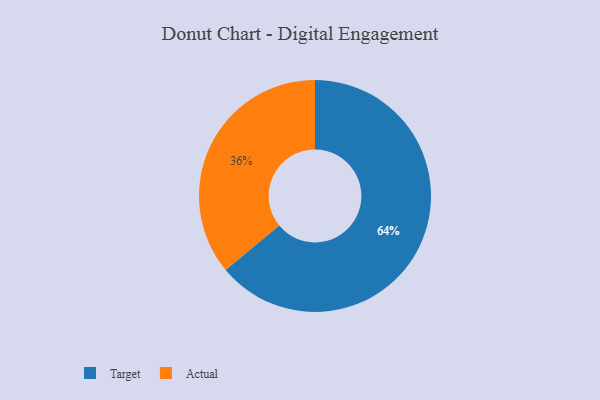
{"axis": {"x": "Category", "y": "Percentage"}, "legend": ["Actual", "Target"], "data": [{"x": "Actual", "y": 36, "type": "Actual"}, {"x": "Target", "y": 64, "type": "Target"}]}